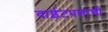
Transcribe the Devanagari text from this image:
वाईटपणाची